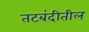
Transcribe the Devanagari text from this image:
तटबंदीतील